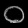
Digit: ၀